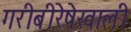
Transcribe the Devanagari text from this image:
गरीबीरेषेखाली